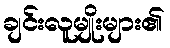
ချင်းလူမျိုးများ၏